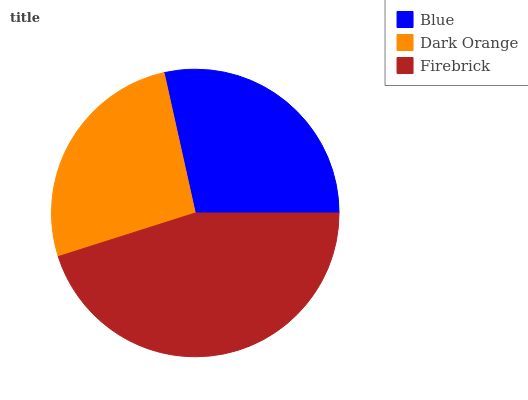
| Blue | Dark Orange | Firebrick |
 | --- | --- | --- |
 | 28.5% | 26.4% | 45.1% |